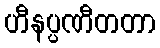
ဟီနပ္ပဏီတတာ